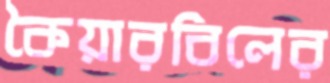
কৈয়ারবিলের